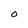
Character: O